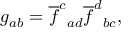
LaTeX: g _ { a b } = \overline { { { f } } } ^ { c } { } _ { a d } \overline { { { f } } } ^ { d } { } _ { b c } ,